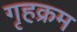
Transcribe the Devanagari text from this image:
गृहक्रम